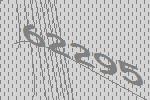
62295